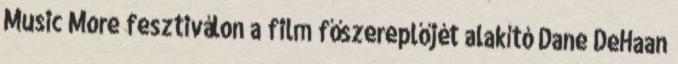
Music More fesztiválon a film főszereplőjét alakító Dane DeHaan